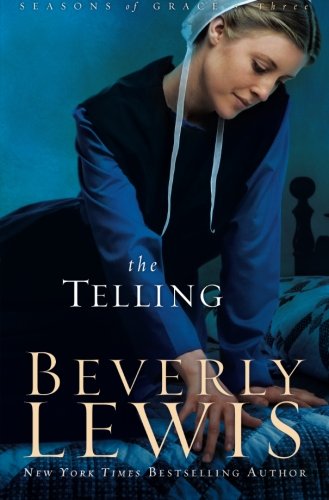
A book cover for The Telling (Seasons of Grace, Book 3) (Volume 3); Beverly Lewis; Literature & Fiction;